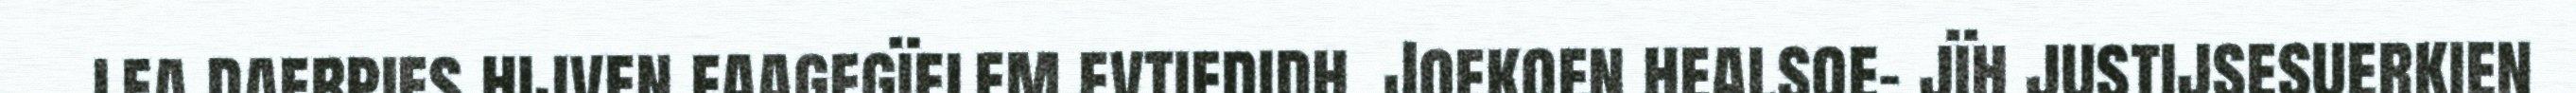
lea daerpies hijven faagegïelem evtiedidh. Joekoen healsoe- jïh justijsesuerkien